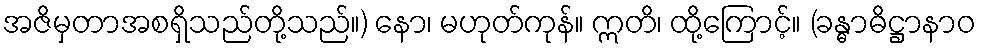
အဇိမှတာအစရှိသည်တို့သည်။) နော၊ မဟုတ်ကုန်။ ဣတိ၊ ထို့ကြောင့်။ (ခန္ဓာဓိဋ္ဌာနာဝ